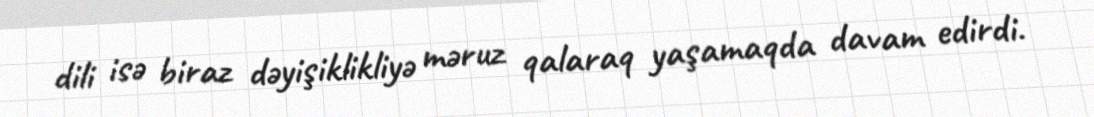
dili isə biraz dəyişiklikliyə məruz qalaraq yaşamaqda davam edirdi.